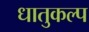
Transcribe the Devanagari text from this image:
धातुकल्प